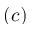
( c )